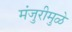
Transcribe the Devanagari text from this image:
मंजुरीमुळे